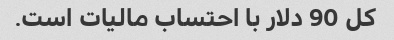
کل 90 دلار با احتساب مالیات است.